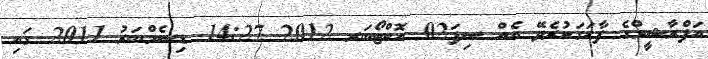
އަފްރާޝީމްގެ ފާހަގަކުރެވޭ އެއް ސިފަ02 އޮކްޓޯބަރ 2012 14:27 ޑިސެމްބަރު 2011 ގައި